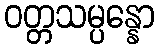
ဝတ္တသမ္ပန္နော